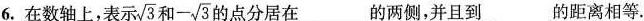
6. 在数轴上，表示 \sqrt{3} 和 - \sqrt{3} 的点分居在_____的两侧，并且到_____的距离相等。